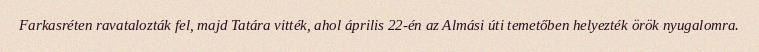
Farkasréten ravatalozták fel, majd Tatára vitték, ahol április 22-én az Almási úti temetőben helyezték örök nyugalomra.